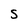
Character: S